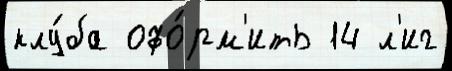
клу́ба офо́рм'ить 14 л'иг